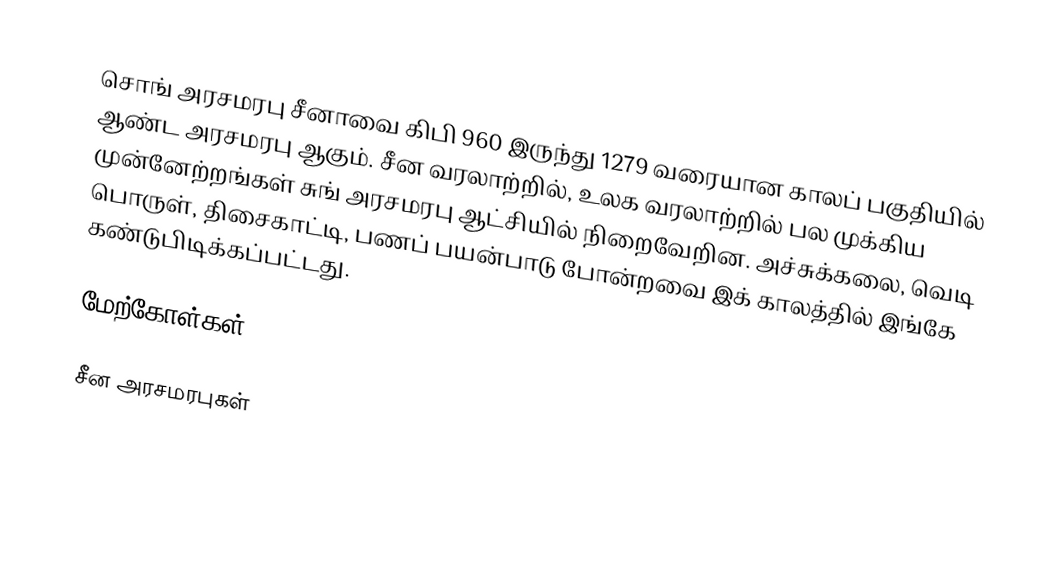
சொங் அரசமரபு சீனாவை கிபி 960 இருந்து 1279 வரையான காலப் பகுதியில் ஆண்ட அரசமரபு ஆகும்.  சீன வரலாற்றில், உலக வரலாற்றில் பல முக்கிய முன்னேற்றங்கள் சுங் அரசமரபு ஆட்சியில் நிறைவேறின.  அச்சுக்கலை, வெடி பொருள், திசைகாட்டி, பணப் பயன்பாடு போன்றவை இக் காலத்தில் இங்கே கண்டுபிடிக்கப்பட்டது.

மேற்கோள்கள்

சீன அரசமரபுகள்